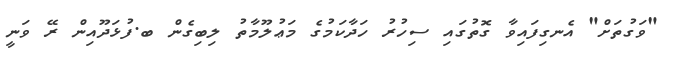
"ވަގުތަށް" އެނގިފަައިވާ ގޮތުގައި ސިހުރު ހަދާކަމުގެ މަޢުލޫމާތު ލިބިގެން ބ.ފުޅަދޫއިން ރޭ ވަނީ